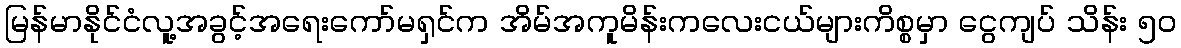
မြန်မာနိုင်ငံလူ့အခွင့်အရေးကော်မရှင်က အိမ်အကူမိန်းကလေးငယ်များကိစ္စမှာ ငွေကျပ် သိန်း ၅၀